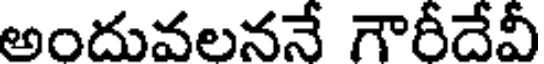
అందువలననే గౌరీదేవీ